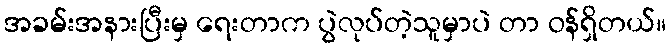
အခမ်းအနားပြီးမှ ရေးတာက ပွဲလုပ်တဲ့သူမှာပဲ တာ ဝန်ရှိတယ်။